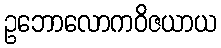
ဥဘောလောကဝိဇယာယ